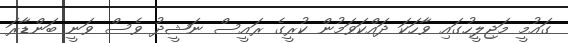
ގައުމީ މަޖިލީހުގައި ވާހަކަ ދައްކަވަމުން ކުރީގެ ރައީސް ނަޝީދު ވެސް ވަނީ ބަންޑާރަ